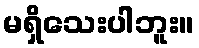
မရှိသေးပါဘူး။